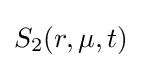
S_{2}(r,\mu ,t)